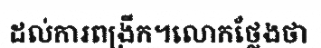
ដល់ការពង្រីក។លោកថ្លែងថា